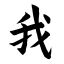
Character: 我